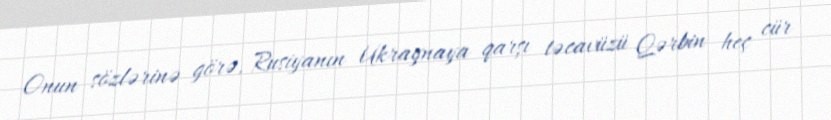
Onun sözlərinə görə, Rusiyanın Ukraynaya qarşı təcavüzü Qərbin heç cür